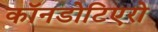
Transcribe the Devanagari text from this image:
कॉनडोटिएरो